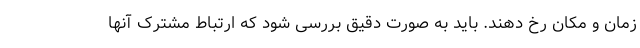
زمان و مکان رخ دهند. باید به صورت دقیق بررسی شود که ارتباط مشترک آنها